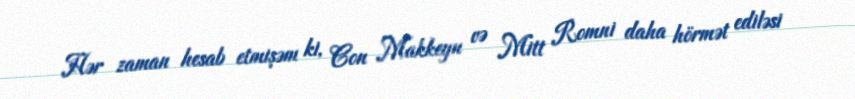
Hər zaman hesab etmişəm ki, Con Makkeyn və Mitt Romni daha hörmət ediləsi